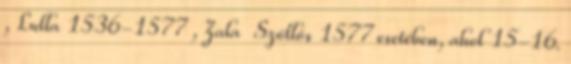
, Lulla 1536-1577 , Zala Szőllős 1577 esetében, ahol 15-16.